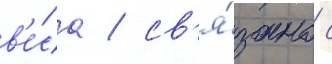
в'е́са / св'я́зано с